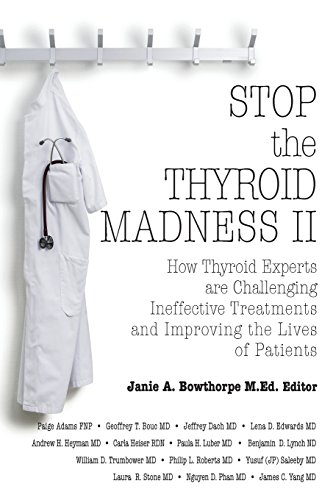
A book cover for Stop the Thyroid Madness II: How Thyroid Experts Are Challenging Ineffective Treatments and Improving the Lives of Patients; Andrew Heyman; Health, Fitness & Dieting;